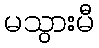
မသွားမီ